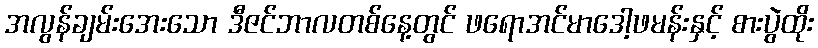
အလွန်ချမ်းအေးသော ဒီဇင်ဘာလတစ်နေ့တွင် ဖရောအင်မာဒေါ့ဖမန်းနှင့် စားပွဲထိုး